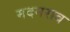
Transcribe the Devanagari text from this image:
मदनराव